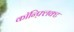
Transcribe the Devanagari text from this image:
कॉन्फ़्लिक्ट